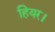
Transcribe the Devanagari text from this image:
हियर।